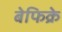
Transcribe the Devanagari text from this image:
बेफिक्रे